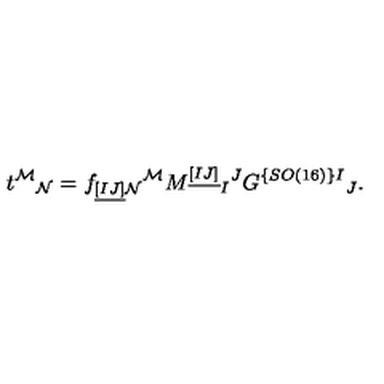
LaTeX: t ^ { \mathcal M } { } _ { \mathcal N } = f _ { \underline { { [ I J ] } } \mathcal { N } } { } ^ { \mathcal { M } } M ^ { \underline { { [ I J ] } } } { } _ { I } { } ^ { J } G ^ { \{ S O ( 1 6 ) \} I } { } _ { J } .